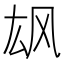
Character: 𲋎